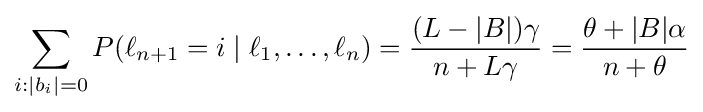
\sum _{i:|b_{i}|=0}P(\ell _{n+1}=i\mid \ell _{1},\ldots ,\ell _{n})={\frac {(L-|B|)\gamma }{n+L\gamma }}={\frac {\theta +|B|\alpha }{n+\theta }}